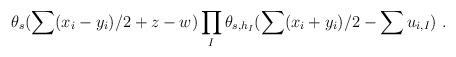
LaTeX: \begin{align*}\theta_{s}(\sum (x_i-y_i)/2+z-w)\prod_{I}\theta_{s,h_I}(\sum (x_i+y_i)/2-\sum u_{i,I})~.\end{align*}